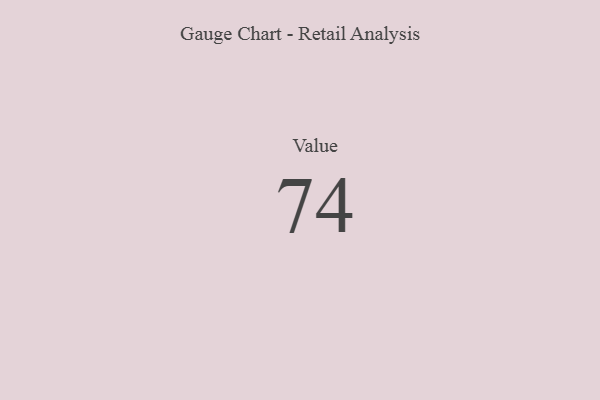
{"axis": {"x": "Metric", "y": "Value"}, "legend": [""], "data": [{"x": "Value", "y": 74, "type": ""}]}